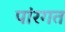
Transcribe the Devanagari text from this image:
पांरगत